Scottish Leaving Certificate Examination, 1957
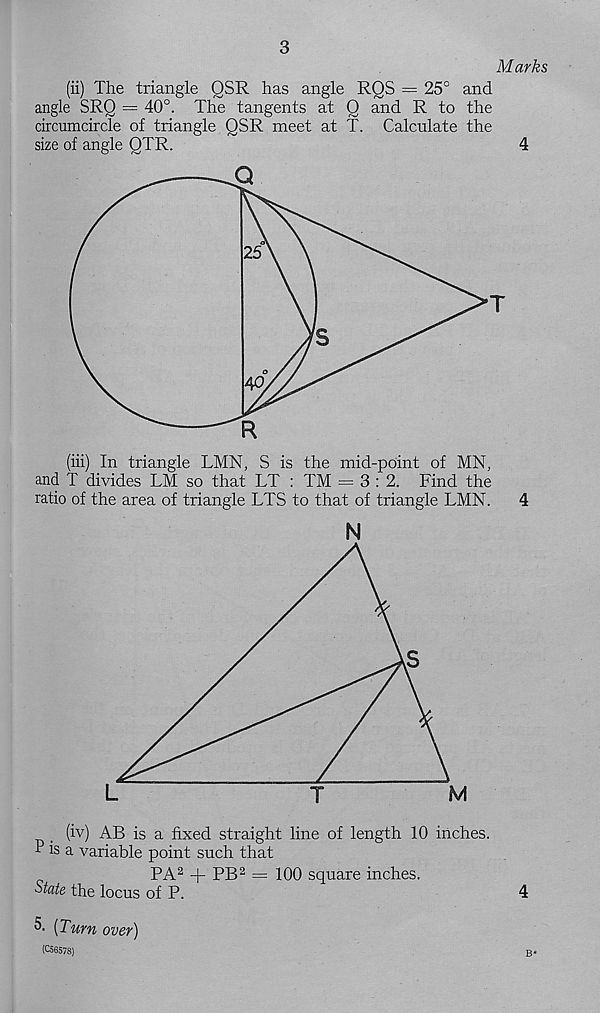
3
Marks
(ii) The triangle QSR has angle RQS = 25° and
angle SRQ = 40°. The tangents at Q and R to the
circumcircle of triangle QSR meet at T. Calculate the
size of angle QTR.
4
(iii) In triangle LMN, S is the mid-point of MN,
and T divides LM so that LT : TM = 3:2. Find the
ratio of the area of triangle LTS to that of triangle LMN.
4
N
PA 2 + PB 2 = 100 square inches.
State the locus of P.
4
5- [Turn over)
(C56578)
I